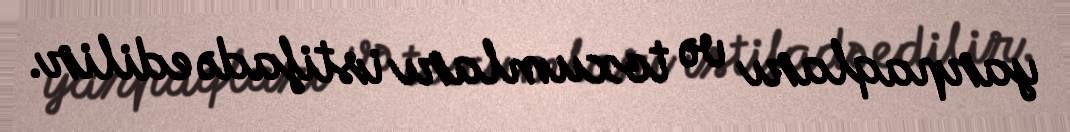
yarpaqları və toxumları istifadə edilir.